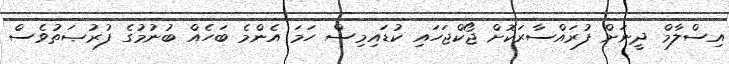
އިސްލާމް ދީނަށް ފުރައްސާރަކޮށް ޖޯކްޖަހައި ކުޑައިމިސް ހަމަ އެންމެ ބަހެއް ބުނުމުގެ ފުރުޞަތުވެސް